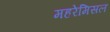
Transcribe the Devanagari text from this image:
महरेमिसल